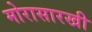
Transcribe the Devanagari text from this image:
मोरासारखी